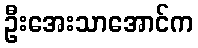
ဦးအေးသာအောင်က